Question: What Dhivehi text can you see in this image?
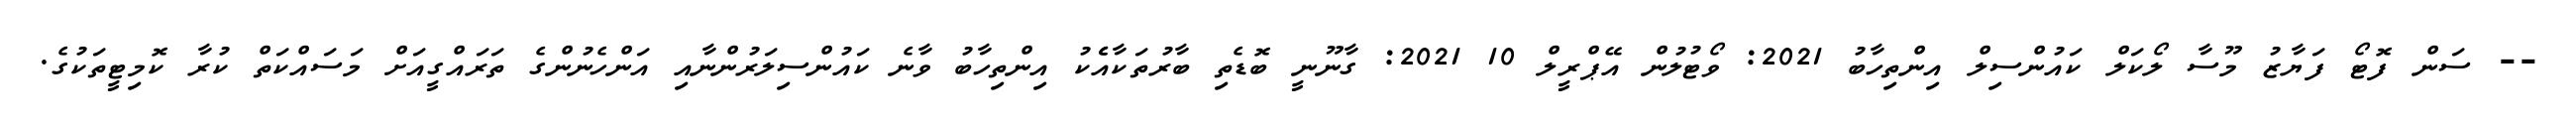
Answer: -- ސަން ފޮޓޯ ފަޔާޒު މޫސާ ލޯކަލް ކައުންސިލް އިންތިހާބު 2021: ވޯޓުލުން އޭޕްރީލް 10 2021: ގާނޫނީ ބޮޑެތި ބާރުތަކާއެެކު އިންތިހާބު ވާނެ ކައުންސިލަރުންނާއި އަންހެނުންގެ ތަރައްގީއަށް މަސައްކަތް ކުރާ ކޮމިޓީތަކުގެ.